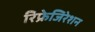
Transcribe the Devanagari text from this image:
रिफ्रेजिरेशन